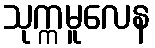
သုက္ကမူလေန